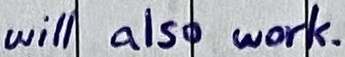
Text: will also work.